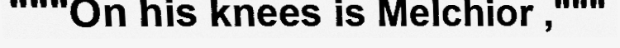
"""On his knees is Melchior ,"""